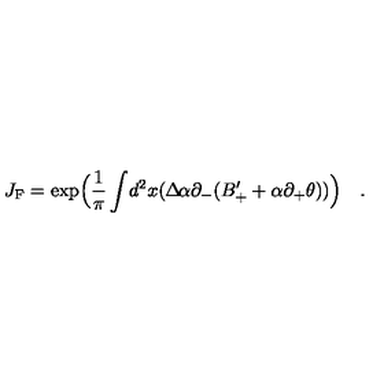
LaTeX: J _ { \mathrm { { F } } } = \exp \Bigl ( \frac { 1 } { \pi } \int \! d ^ { 2 } x ( \Delta \! \alpha \partial _ { - } ( B _ { + } ^ { \prime } + \alpha \partial _ { + } \theta ) ) \Bigr ) \quad .